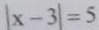
\vert x - 3 \vert = 5